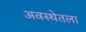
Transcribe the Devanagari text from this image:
अवस्थेतला